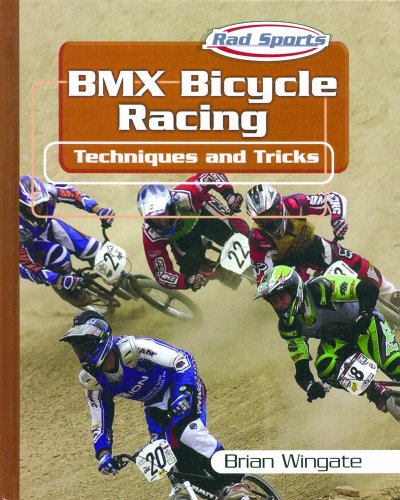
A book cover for Bmx Bicycle Racing: Techniques and Tricks (Rad Sports Techniques and Tricks); Brian Wingate; Children's Books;